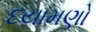
દયામણો